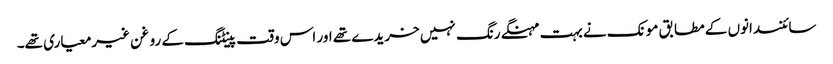
سائنسدانوں کے مطابق مونک نے بہت مہنگے رنگ نہیں خریدے تھے اور اس وقت پینٹنگ کے روغن غیرمعیاری تھے۔